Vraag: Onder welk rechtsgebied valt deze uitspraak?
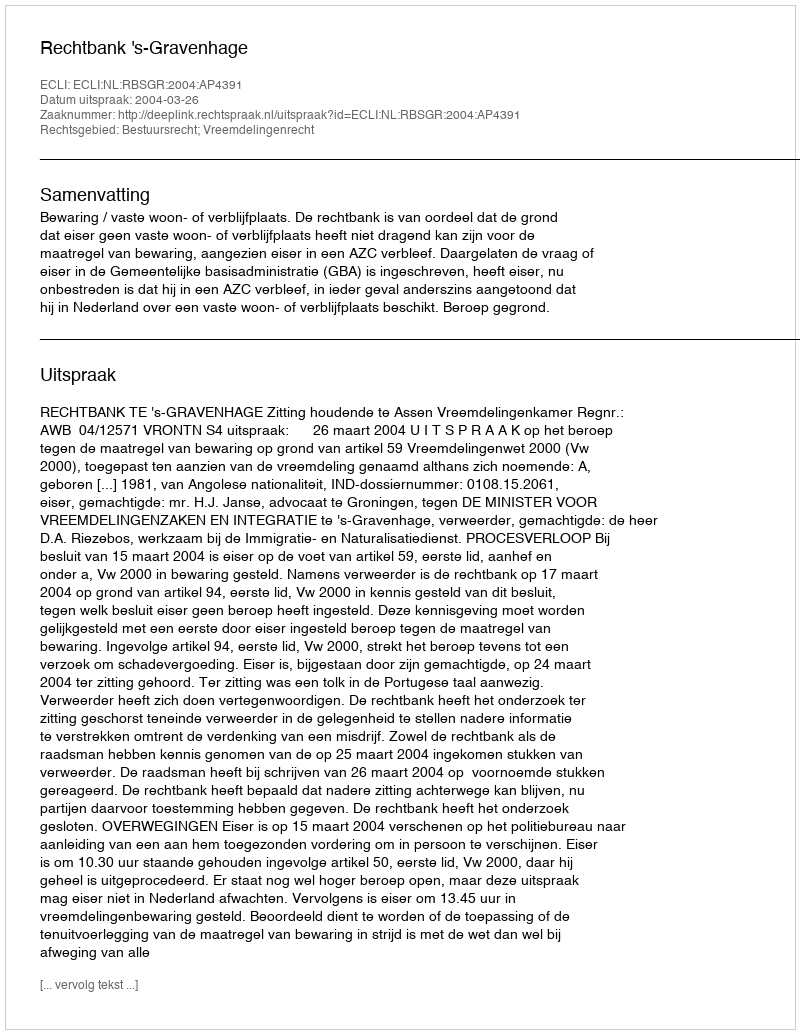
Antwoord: Bestuursrecht; Vreemdelingenrecht